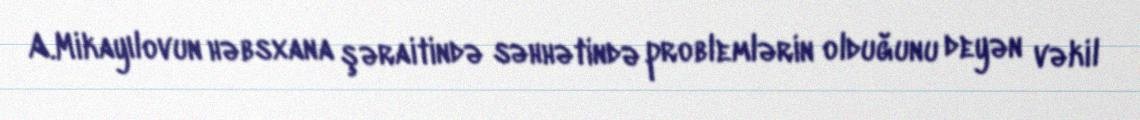
A.Mikayılovun həbsxana şəraitində səhhətində problemlərin olduğunu deyən vəkil